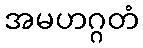
အမဟဂ္ဂတံ